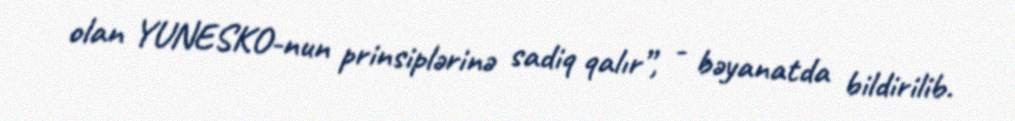
olan YUNESKO-nun prinsiplərinə sadiq qalır”, - bəyanatda bildirilib.